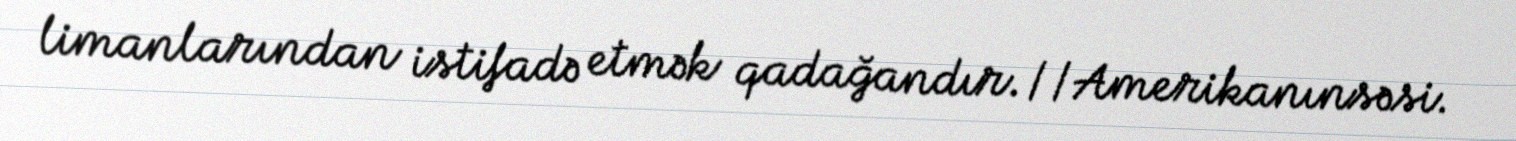
limanlarından istifadə etmək qadağandır.//Amerikanınsəsi.